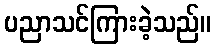
ပညာသင်ကြားခဲ့သည်။